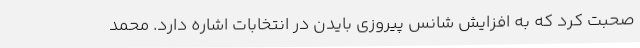
صحبت کرد که به افزایش شانس پیروزی بایدن در انتخابات اشاره دارد. محمد